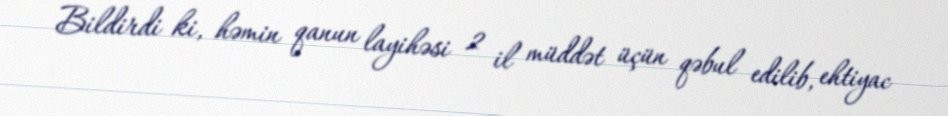
Bildirdi ki, həmin qanun layihəsi 2 il müddət üçün qəbul edilib, ehtiyac